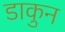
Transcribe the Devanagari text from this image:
डाकुन